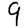
Digit: 9